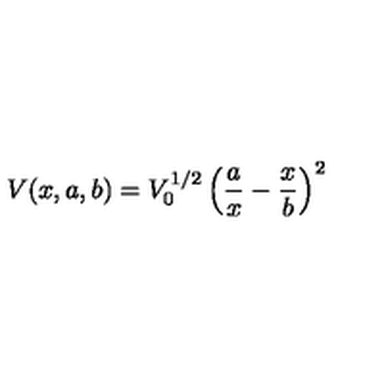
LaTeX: V ( x , a , b ) = V _ { 0 } ^ { 1 / 2 } \left( \frac { a } { x } - \frac { x } { b } \right) ^ { 2 }